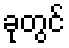
ခုတွင်